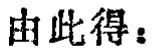
由此得：